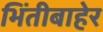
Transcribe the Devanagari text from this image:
भिंतीबाहेर